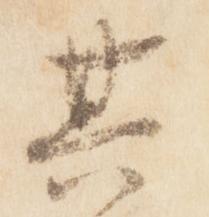
其